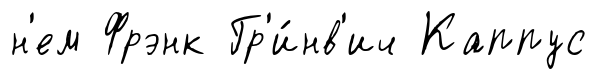
н'ем Фрэнк Гр'и́нв'ич Каппус